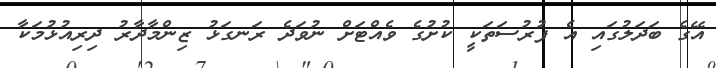
އޭގެ ބަދަލުގައި އެ ފުރުސަތަކީ ކުށުގެ ވެއްޓަށް ނުވަދެ ރަނގަޅު ޒިންމާދާރު ދިރިއުޅުމަކާ